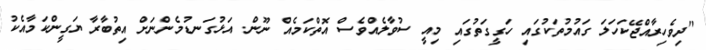
"ދިވެހިރާއްޖޭކަހަލަ ގައުމުތަކުގައި ހަގީގަތުގައި މިއީ ސުވާލެއްވެސް އޮތްކަމެއް ނޫން. އަޅުގަނޑުމެންނަށް އިތުބާރާ ޔަގީންކަމާއެކު